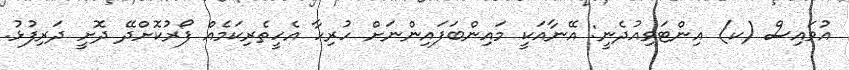
އުވައިސް (ކ) އިންޓަވިއުދެނީ: އޭނާއަކީ މައިންބަފައިންނަށް ހުރިހާ އެހީތެރިކަމެއް ފޯރުކޮށްދޭ ދޮށީ ދަރިފުޅު.